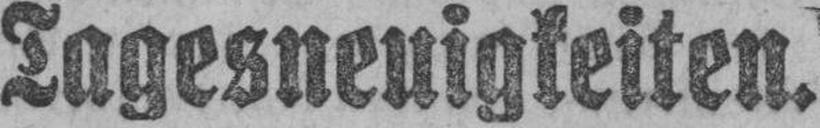
Tagesneuigkeiten.